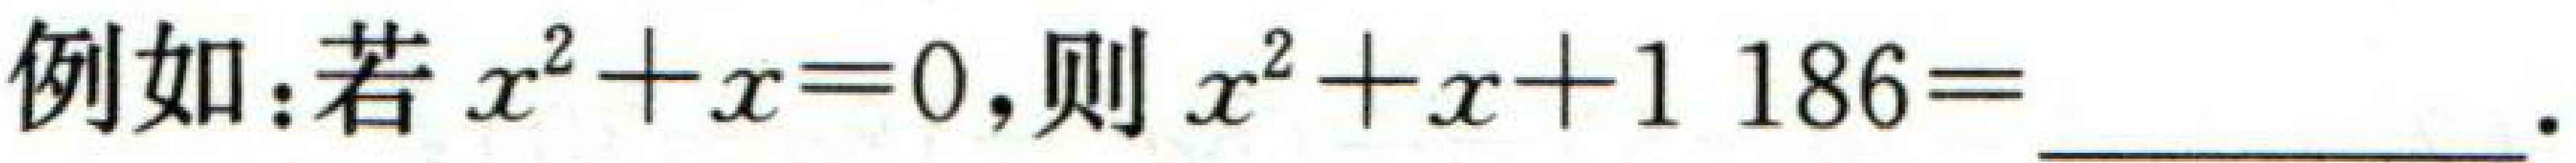
例如：若\(x^{2}+x = 0\)，则\(x^{2}+x + 1\ 186=\underline{\quad\quad}\)．